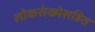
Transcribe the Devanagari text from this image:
लोकसंख्येसहित